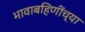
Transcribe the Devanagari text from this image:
भावाबहिणींच्या